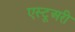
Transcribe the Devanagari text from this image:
एस्टूअरी